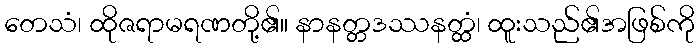
တေသံ၊ ထိုဇရာမရဏတို့၏။ နာနတ္တဒဿနတ္ထံ၊ ထူးသည်၏အဖြစ်ကို